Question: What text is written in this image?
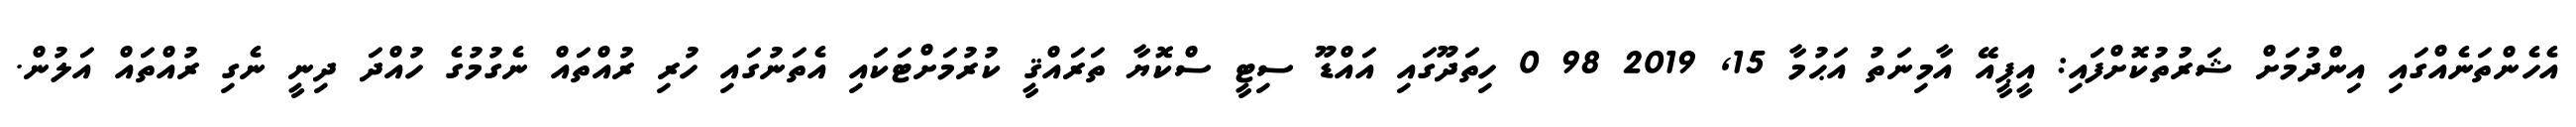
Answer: އެހެންތަނެއްގައި އިންދުމަށް ޝަރުތުކޮށްފައި: އީޕީއޭ އާމިނަތު އަޙުމާ 15, 2019 98 0 ހިތަދޫގައި އައްޑޫ ސިޓީ ސްކޮޔާ ތަރައްޤީ ކުރުމަށްޓަކައި އެތަނުގައި ހުރި ރުއްތައް ނެގުމުގެ ހުއްދަ ދިނީ ނެގި ރުއްތައް އަލުން.